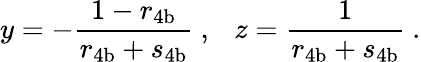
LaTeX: y=-\frac{1-r_{\mathrm{4b}}}{r_{\mathrm{4b}}+s_{\mathrm{4b}}}\ ,\ \ \ z=\frac{1}{r_{\mathrm{4b}}+s_{\mathrm{4b}}}\ .